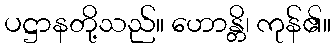
ပဋ္ဌာနတို့သည်။ ဟောန္တိ၊ ကုန်၏။